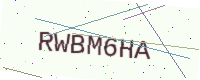
Text: RWBM6HA